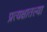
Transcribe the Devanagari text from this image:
प्रत्यक्षातल्या